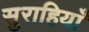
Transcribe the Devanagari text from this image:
सुराहियाँ